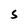
Character: S